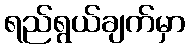
ရည်ရွယ်ချက်မှာ